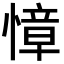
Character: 慞